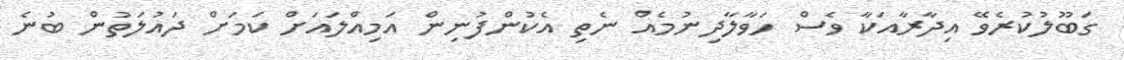
ގަބޫލުކުރެވޭ އިދާރާއަކާ ވެސް ހަވާލާދިނުމެއް ނެތި އެކުންފުނިން އަމިއްލައަށް ކަމަށް ދައުލަތުން ބުނެ